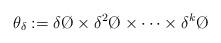
LaTeX: \begin{align*}\theta_{\delta} := \delta \O \times \delta^2 \O \times \dots \times \delta^k \O\end{align*}